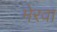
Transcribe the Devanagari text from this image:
मेरवा